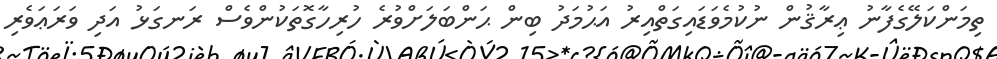
ތިމަންކަލޭގެފާނު ޢިރާޤުން ނުކުމެވަޑައިގަތްއިރު އަޙުމަދު ބިން ޙަންބަލަށްވުރެ ހުރިހާގޮތަކުންވެސް ރަނގަޅު އަދި ވަރަޢަވެރި